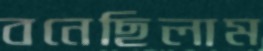
বনেছিলাম